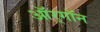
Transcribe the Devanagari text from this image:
ऑर्‌गॉन